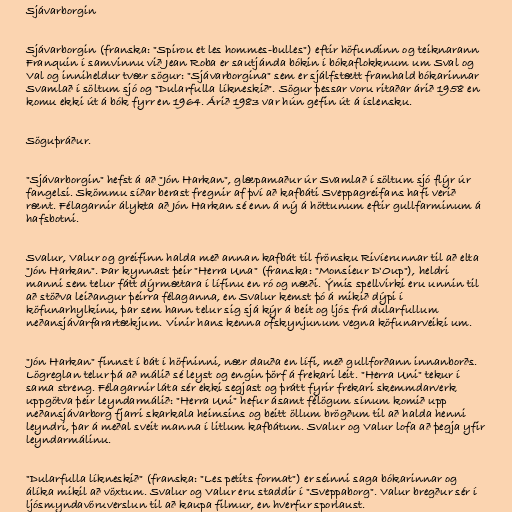
Sjávarborgin

Sjávarborgin (franska: "Spirou et les hommes-bulles") eftir höfundinn og teiknarann
Franquin í samvinnu við Jean Roba er sautjánda bókin í bókaflokknum um Sval og
Val og inniheldur tvær sögur: "Sjávarborgina" sem er sjálfstætt framhald bókarinnar
Svamlað í söltum sjó og "Dularfulla líkneskið". Sögur þessar voru ritaðar árið 1958 en
komu ekki út á bók fyrr en 1964. Árið 1983 var hún gefin út á íslensku.

Söguþráður.

"Sjávarborgin" hefst á að "Jón Harkan", glæpamaður úr Svamlað í söltum sjó flýr úr
fangelsi. Skömmu síðar berast fregnir af því að kafbáti Sveppagreifans hafi verið
rænt. Félagarnir álykta að Jón Harkan sé enn á ný á höttunum eftir gullfarminum á
hafsbotni.

Svalur, Valur og greifinn halda með annan kafbát til frönsku Rivíerunnar til að elta
"Jón Harkan". Þar kynnast þeir "Herra Una" (franska: "Monsieur D'Oup"), heldri
manni sem telur fátt dýrmætara í lífinu en ró og næði. Ýmis spellvirki eru unnin til
að stöðva leiðangur þeirra félaganna, en Svalur kemst þó á mikið dýpi í
köfunarhylkinu, þar sem hann telur sig sjá kýr á beit og ljós frá dularfullum
neðansjávarfarartækjum. Vinir hans kenna ofskynjunum vegna köfunarveiki um.

"Jón Harkan" finnst í bát í höfninni, nær dauða en lífi, með gullforðann innanborðs.
Lögreglan telur þá að málið sé leyst og engin þörf á frekari leit. "Herra Uni" tekur í
sama streng. Félagarnir láta sér ekki segjast og þrátt fyrir frekari skemmdarverk
uppgötva þeir leyndarmálið: "Herra Uni" hefur ásamt félögum sínum komið upp
neðansjávarborg fjarri skarkala heimsins og beitt öllum brögðum til að halda henni
leyndri, þar á meðal sveit manna í litlum kafbátum. Svalur og Valur lofa að þegja yfir
leyndarmálinu.

"Dularfulla líkneskið" (franska: "Les petits format") er seinni saga bókarinnar og
álíka mikil að vöxtum. Svalur og Valur eru staddir í "Sveppaborg". Valur bregður sér í
ljósmyndavöruverslun til að kaupa filmur, en hverfur sporlaust.